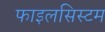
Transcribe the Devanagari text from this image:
फाइलसिस्टम